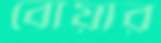
বোয়ার